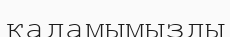
қадамымызды